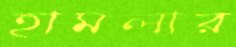
হামলার